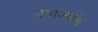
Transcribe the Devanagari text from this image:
उयान्वाट्टे